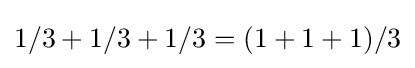
1/3+1/3+1/3=(1+1+1)/3